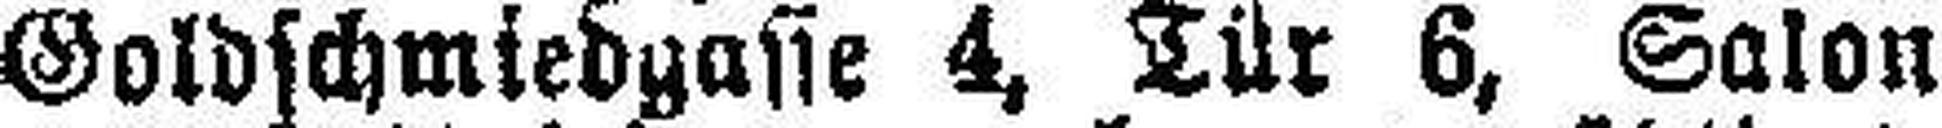
Goldschmiedgasse 4, Tür 6, Salon